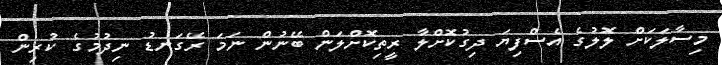
މިސާލަކަށް ލޮލުގެ އެސްފިޔަ ދިގުކޮށްލާ ރީތިކޮށްލަން ބޭނުން ނަމަ ރޭގަނޑު ނިދުމުގެ ކުރިން